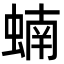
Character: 蝻